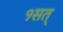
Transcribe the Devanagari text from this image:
१सत्